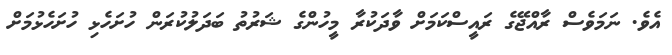
އެވެ. ނަމަވެސް ރާއްޖޭގެ ރައީސްކަމަށް ވާދަކުރާ މީހުންގެ ޝަރުތު ބަދަލުކުރަން ހުށަހެޅި ހުށަހެޅުމަށް